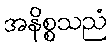
အနိစ္စသညံ